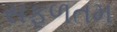
સફળતમ